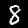
Digit: 8